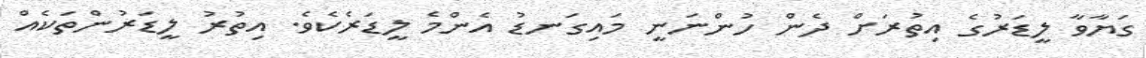
ގަޔާވާ ލީޑަރުގެ އިތުރަށް ދެން ހުންނަނީ މައިގަނޑު އެންމެ ލީޑަރެކެވެ. އިތުރު ލީޑަރުންތަކެއް